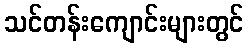
သင်တန်းကျောင်းများတွင်